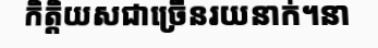
កិត្តិយសជាច្រើនរយនាក់។នា